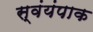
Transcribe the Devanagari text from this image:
स्वंयंपाक